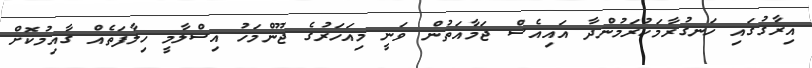
އިރާގުގައި ހަނގުރާމަކުރަމުންދާ އައިއެސް ޖަމާއަތުން ވަނީ މިއަހަރުގެ ޖޫންމަހު އިސްލާމީ ހިލާފަތެއް ގާއިމުކޮށް